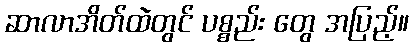
ဆာလာအိတ်ထဲတွင် ပစ္စည်း တွေ အပြည့်။